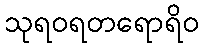
သုရဝရတရောရိဝ